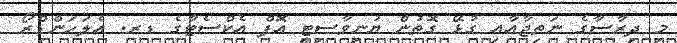
މި ދިރާސާގެ ނަތިޖާއާއި ގުޅޭ ގޮތުން ޔުނިވާސިޓީ އޮފް އެކްސެޓާގެ ޑރ. އެލަހަންޑްރޯ